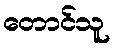
တောင်သူ